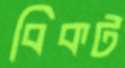
বিকট